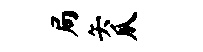
局矢瓜